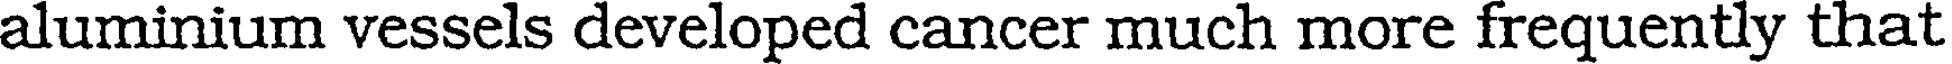
aluminium vessels developed cancer much more frequently that